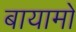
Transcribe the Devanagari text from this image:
बायामो